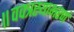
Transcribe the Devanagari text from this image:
॥वक्त्रस्याभरणं